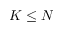
K \leq N